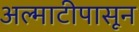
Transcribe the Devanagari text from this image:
अल्माटीपासून